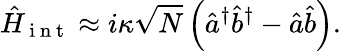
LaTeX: \hat{H}_{\mathrm{~i~n~t~}}\approx i\kappa\sqrt{N}\left(\hat{a}^{\dagger}\hat{b}^{\dagger}-\hat{a}\hat{b}\right).